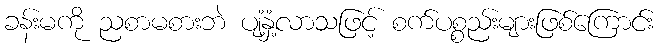
ခန်းမကို ညစာမစားဘဲ ပျံ့နှံ့လာသဖြင့် စက်ပစ္စည်းများဖြစ်ကြောင်း